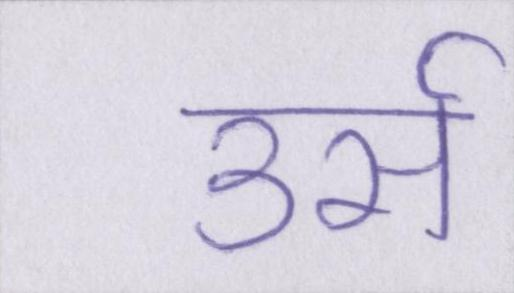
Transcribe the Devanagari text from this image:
उर्स